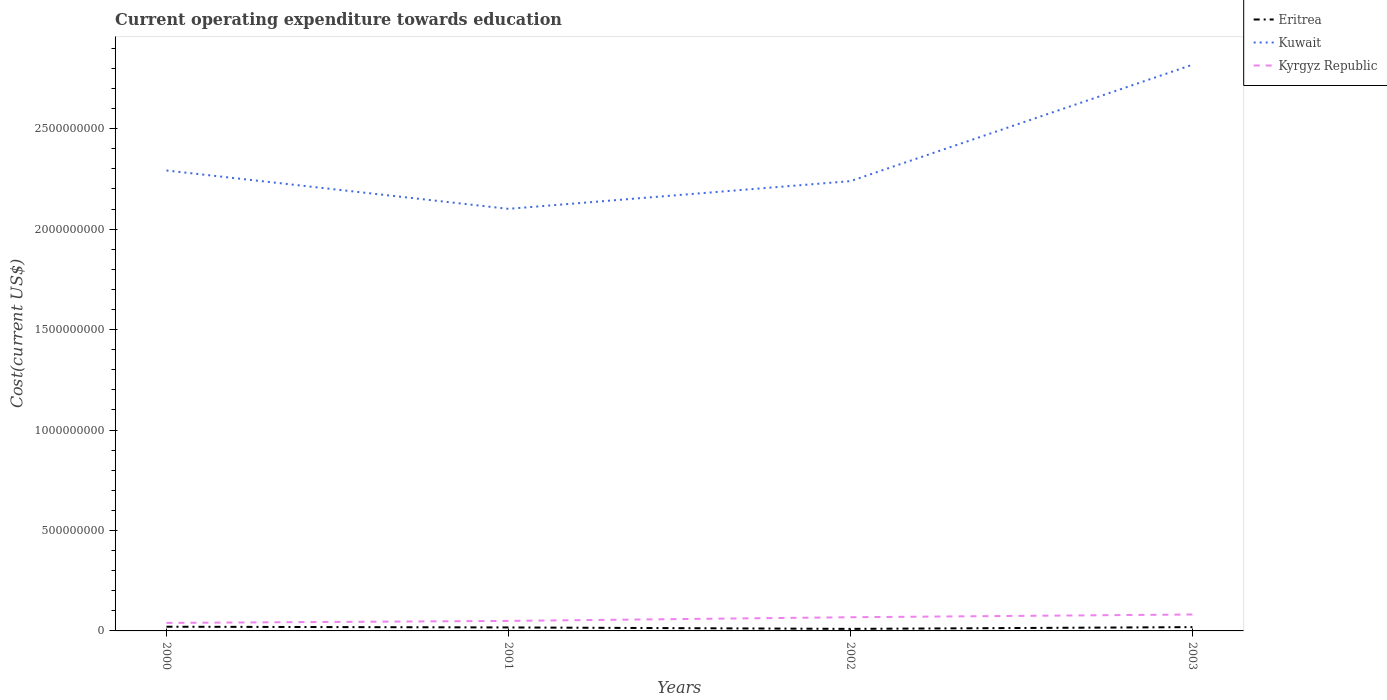
| Years | Eritrea | Kuwait | Kyrgyz Republic |
 | --- | --- | --- | --- |
 | 2000 | 2.09e+07 | 2.29e+09 | 3.99e+07 |
 | 2001 | 1.74e+07 | 2.1e+09 | 4.98e+07 |
 | 2002 | 1.02e+07 | 2.24e+09 | 6.81e+07 |
 | 2003 | 1.89e+07 | 2.82e+09 | 8.17e+07 |